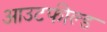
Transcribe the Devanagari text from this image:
आउटफील्‍ड